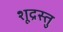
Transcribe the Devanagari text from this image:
शूद्रस्तु